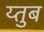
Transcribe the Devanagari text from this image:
य्तुब